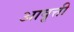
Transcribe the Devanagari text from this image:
अावृत्ती